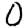
Digit: 0